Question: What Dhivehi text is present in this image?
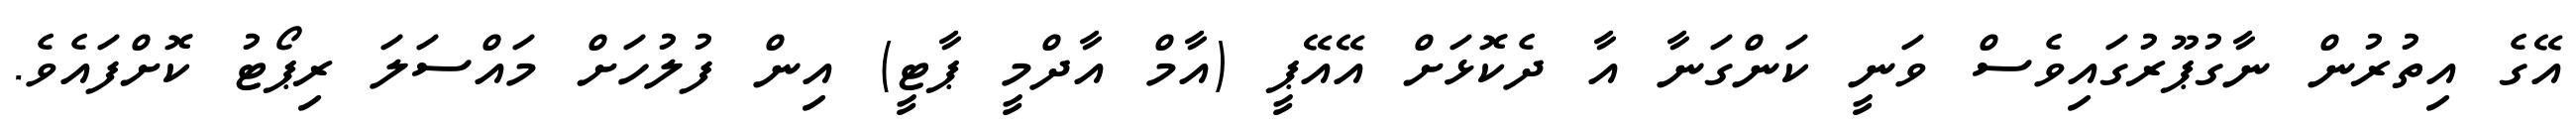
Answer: އޭގެ އިތުރުން ނާގުޕޫރުގައިވެސް ވަނީ ކަންގަނާ އާ ދެކޮޅަށް އޭއޭޕީ (އާމް އާދްމީ ޕާޓީ) އިން ފުލުހަށް މައްސަލަ ރިޕޯޓު ކޮށްފައެވެ.